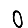
Digit: 0